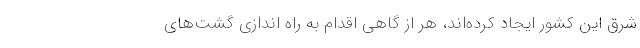
شرق این کشور ایجاد کرده‌اند، هر از گاهی اقدام به راه اندازی گشت‌های